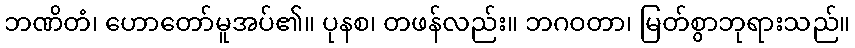
ဘဏိတံ၊ ဟောတော်မူအပ်၏။ ပုနစ၊ တဖန်လည်း။ ဘဂဝတာ၊ မြတ်စွာဘုရားသည်။